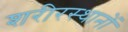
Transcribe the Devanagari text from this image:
शरीरस्थानों